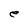
Character: e